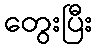
တွေးပြီး